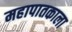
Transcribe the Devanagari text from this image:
महापातकाला